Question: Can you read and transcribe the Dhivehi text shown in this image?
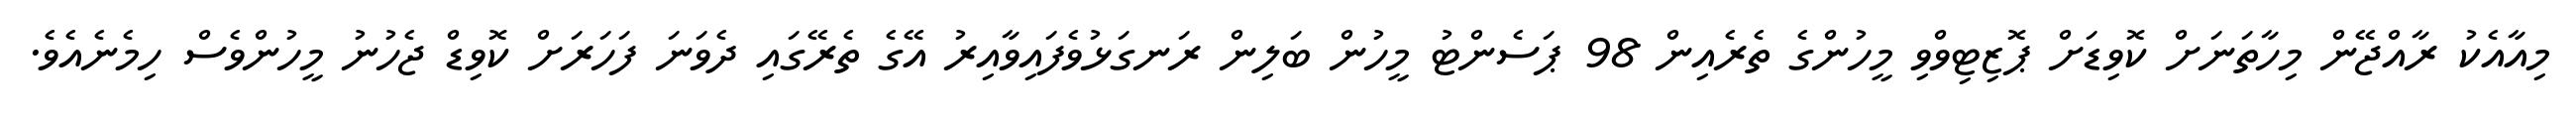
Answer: މިއާއެކު ރާއްޖޭން މިހާތަނަށް ކޮވިޑަށް ޕޮޒިޓިވްވި މީހުންގެ ތެރެއިން 98 ޕަސެންޓު މީހުން ބަލިން ރަނގަޅުވެފައިވާއިރު އޭގެ ތެރޭގައި ދެވަނަ ފަހަރަށް ކޮވިޑް ޖެހުނު މީހުންވެސް ހިމެނެއެވެ.